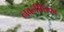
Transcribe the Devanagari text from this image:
नवनीतिका